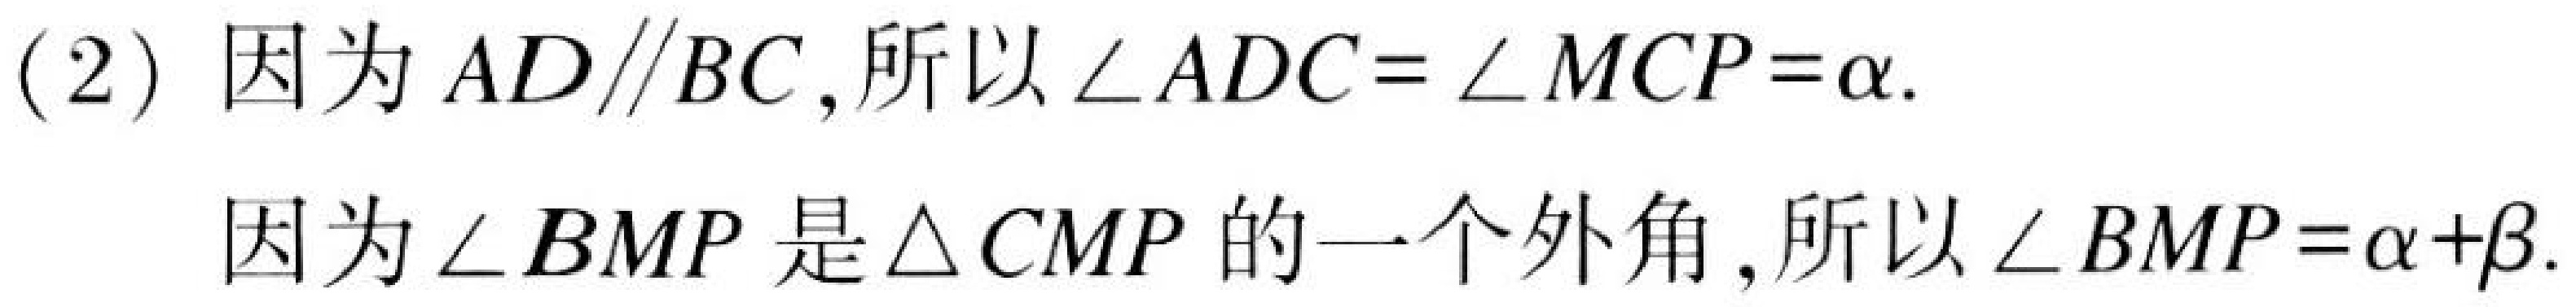
(2) 因为$AD\parallel BC$, 所以$\angle ADC = \angle MCP=\alpha$.

因为$\angle BMP$是$\triangle CMP$的一个外角, 所以$\angle BMP=\alpha+\beta$.